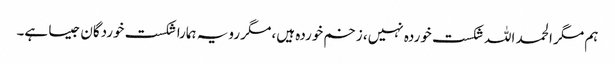
ہم مگر الحمد اللہ شکست خوردہ نہیں، زخم خوردہ ہیں، مگر رویہ ہمارا شکست خوردگان جیسا ہے۔